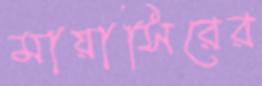
মায়াসিরের